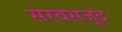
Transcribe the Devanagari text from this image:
सरबसजूद